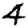
Digit: 4